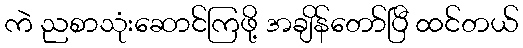
ကဲ ညစာသုံးဆောင်ကြဖို့ အချိန်တော်ပြီ ထင်တယ်